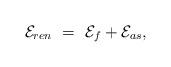
LaTeX: \begin{align*}{\cal E}_{ren}\ =\ {\cal E}_f + {\cal E}_{as},\end{align*}